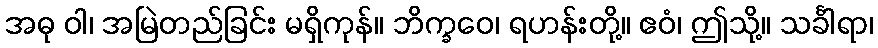
အဓု ဝါ၊ အမြဲတည်ခြင်း မရှိကုန်။ ဘိက္ခဝေ၊ ရဟန်းတို့။ ဧဝံ၊ ဤသို့။ သင်္ခါရာ၊